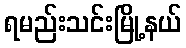
ရမည်းသင်းမြို့နယ်